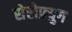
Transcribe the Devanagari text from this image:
सेरोफ़्युग